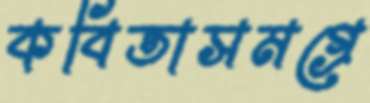
কবিতাসমগ্রে